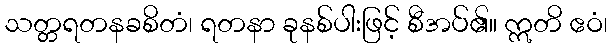
သတ္တရတနခစိတံ၊ ရတနာ ခုနစ်ပါးဖြင့် စီအပ်၏။ ဣတိ ဧဝံ၊